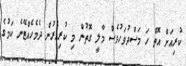
ކުރިއަށް އޮތް ހަ މަސްދުވަހުވެސް މާލީ ގޮތުން މި ކުރިއެރުން ދެމެހެއްޓޭނެ ކަމުގެ